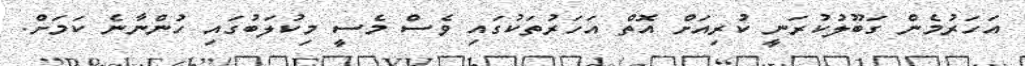
އަހަރުމެން ގަބޫލުކުރަނީ ކުރިއަށް އޮތް އަހަރުތަކުގައި ވެސް މެސީ މިކުލަބުގައި ހުންނާނެ ކަމަށް.